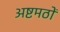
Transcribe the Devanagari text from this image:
अष्टमठों